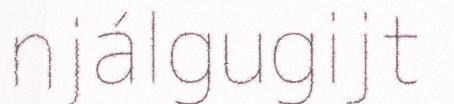
njálgugijt